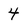
Character: 4